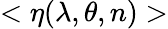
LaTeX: <\eta(\lambda,\theta,n)>